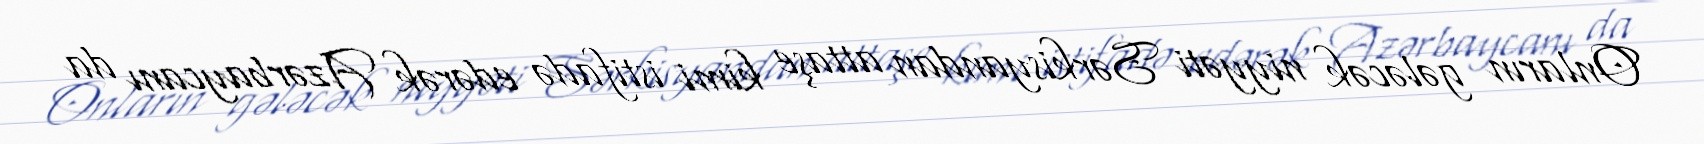
Onların gələcək niyyəti Sərkisyandan attaşe kimi istifadə edərək Azərbaycanı da